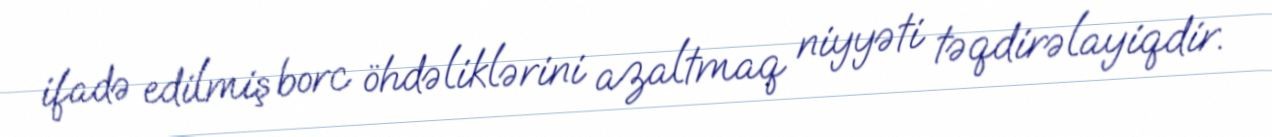
ifadə edilmiş borc öhdəliklərini azaltmaq niyyəti təqdirəlayiqdir.